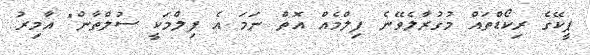
ޕީކޭގެ ރިކޯޑްތައް މުގުރާލެވޭނެ ފިލްމެއް އޮތް ނަމަ އެ ފިލްމަކީ ސުލްތާން" އާމިރު